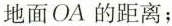
地面OA的距离；